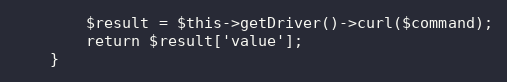
Language: PHP
        $result = $this->getDriver()->curl($command);
        return $result['value'];
    }